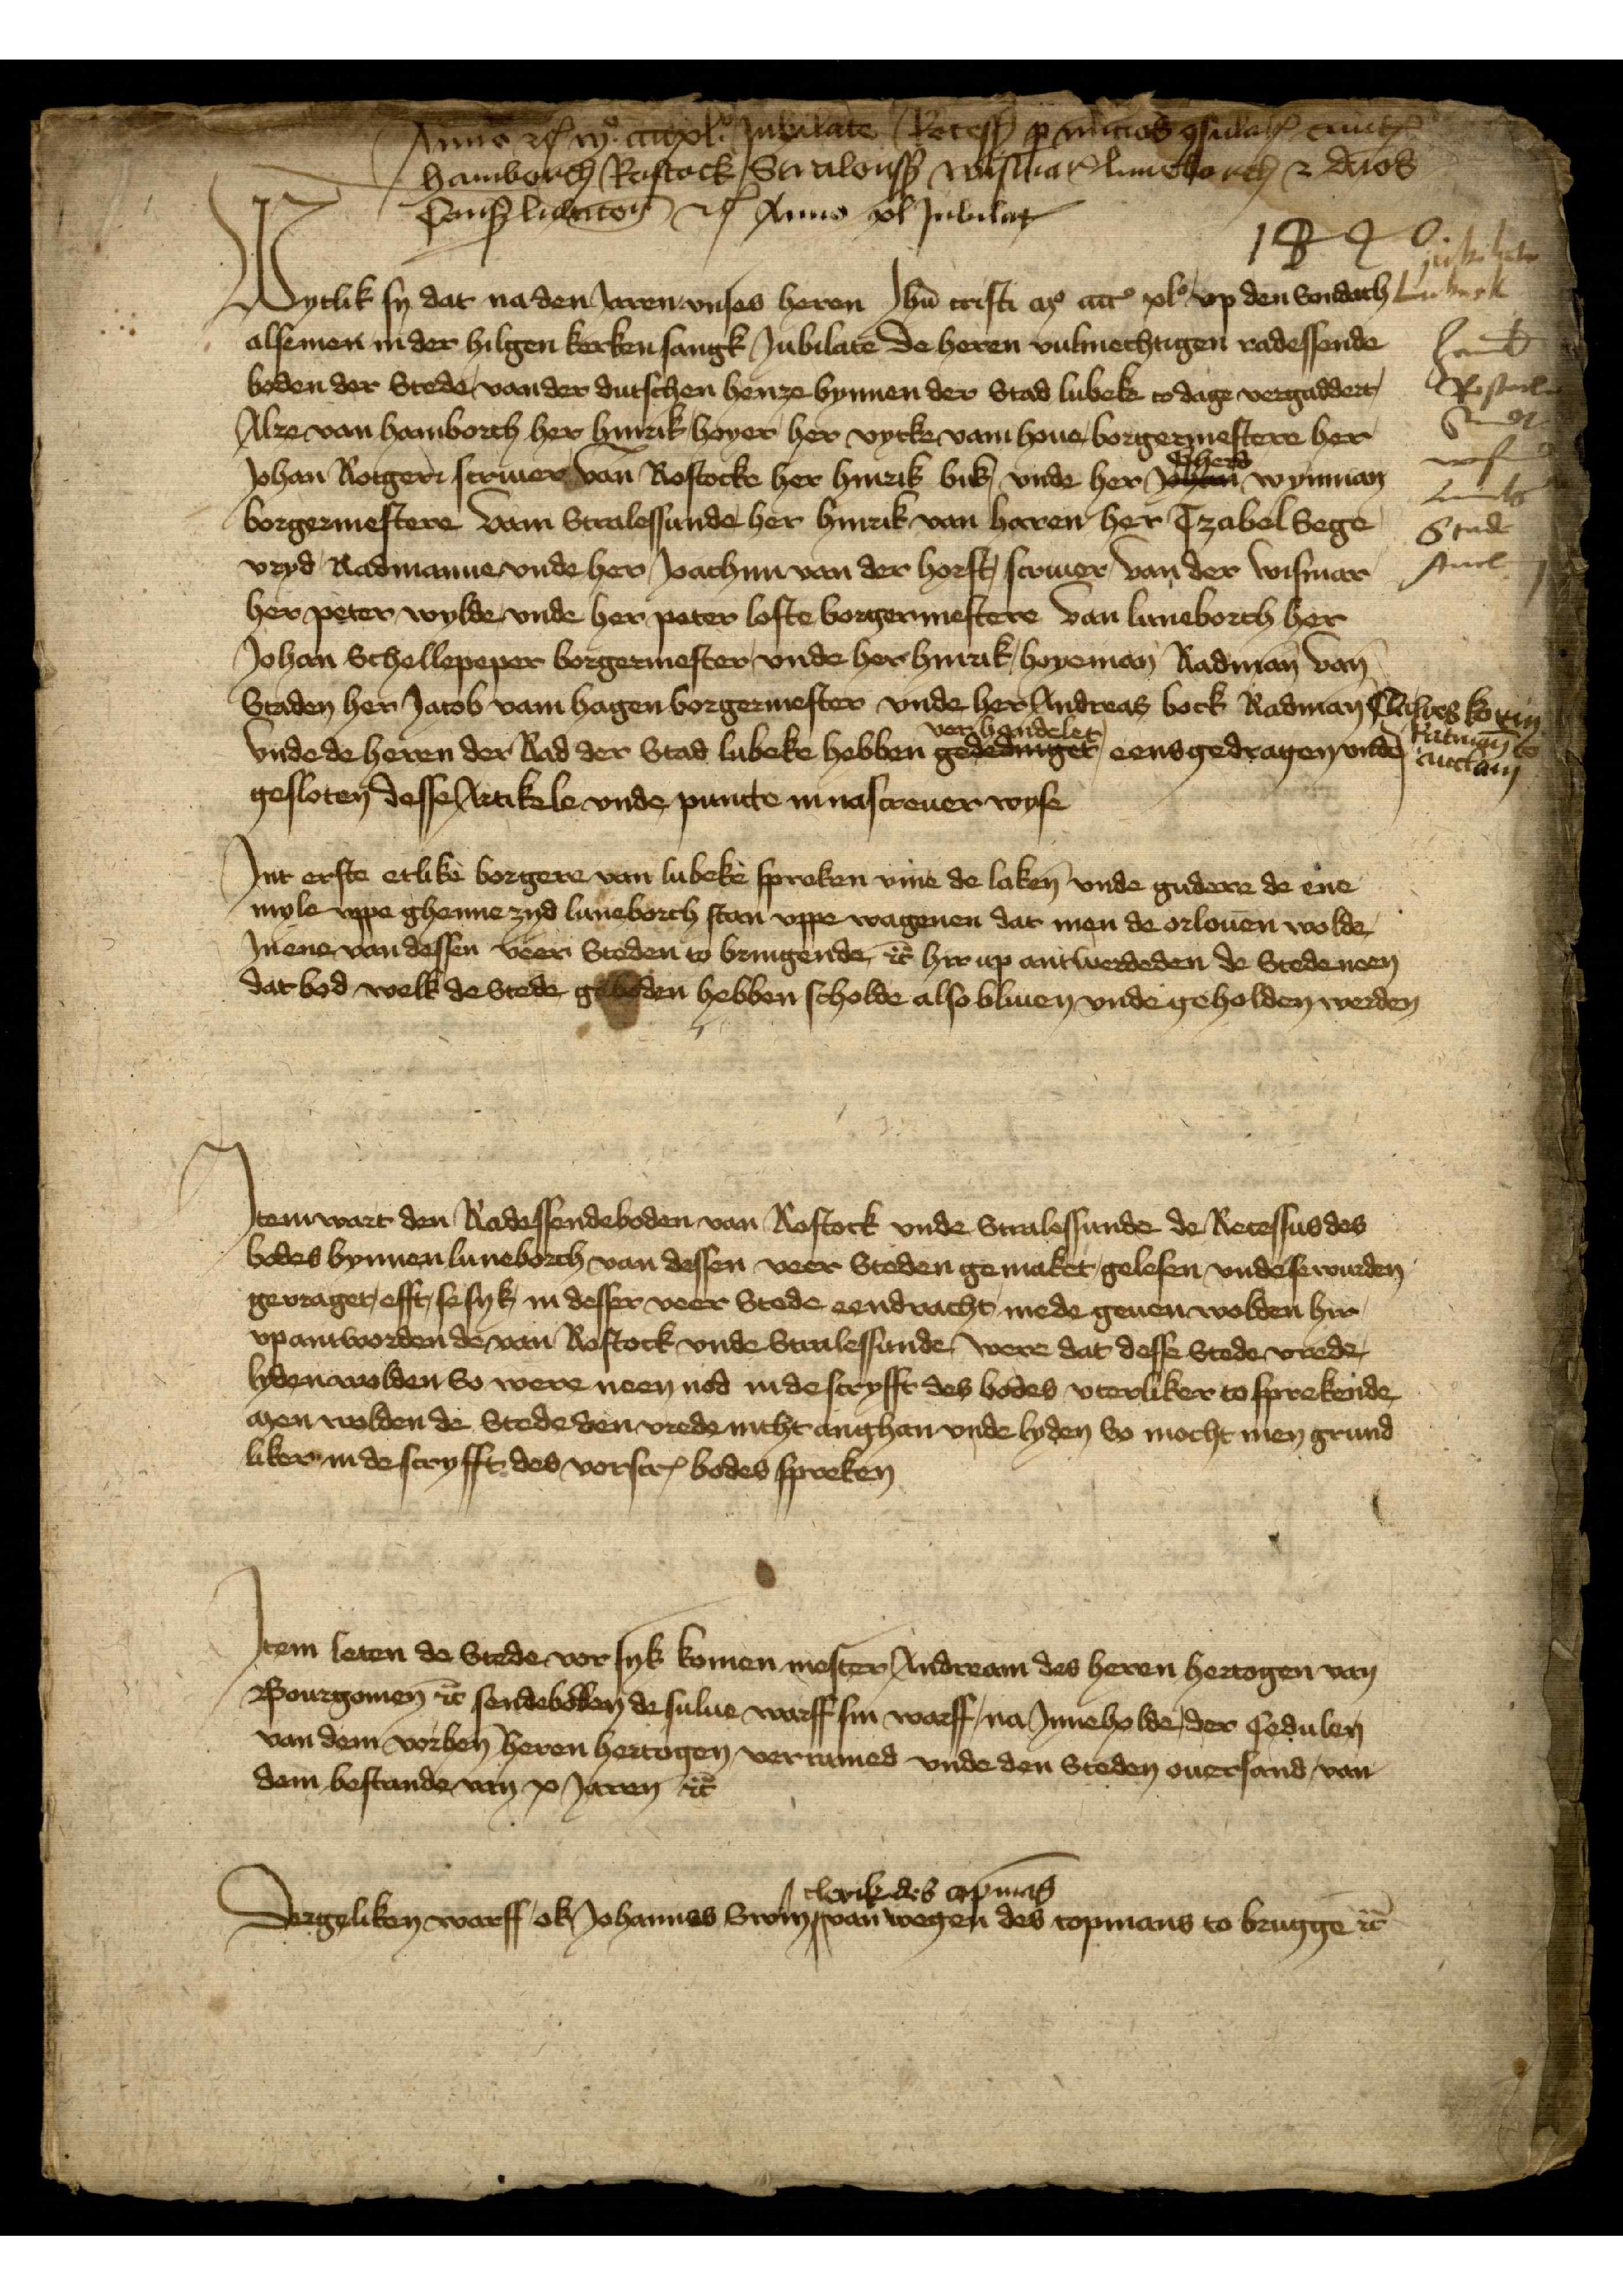
Anno etꝬ njo viixl jubilate Recess -- -- --
Hamborch, Rostock, Stralonsk nust-ia etc Luneborch - --
Cons lidenton etꝬ Anno xl JubilatꝬ
1440.

Jubilate
Lubeck
Hamb̄
Rostock
Stralsund
Wismer
Luneb̄
Stade
Ancl

Wytlik sy dat na den jaren unses heren Ihū christi aȓ mȓ xlo vp den Sondach
alsemen nider hilgen kerken sangk Jubilate de heren vulmechtigen radessende¬
boden der Stede van der dutschen henze bynnen der Stad Lubeke to dage vergaddert,
Alze van Hamborch her Hinrik Hoyer, her Vycke vam Houe, borgermestere her
Johan Rotgeri scriuer, van Rostocke her Hinrik Buk, vnde her Gherd Wymnan
borgermestere vam Stralessunde her Hinrik van Haren, her Tzabel Sege¬
vryd, Radmanne vnde her Joachim van der Horst scriuer, van der Wismar
her Peter Wylde, vnde her Peter Loste borgermestere van Luneborch her
Johan Schellepeper borgermester, vnde her Hinrik Hoyeman radman van
Staden her Jacob vam Hagen borgermester vnde her Andreas Bock radman Clawes Kotin Ratman to Anclam
vnde de heren der Rad der Stad Lubeke hebben vorhandelet, eensgedragen, vnde
gesloten desse Artikele vnde puncte in nascreuer wyse

Jnt erste etlike borgere van Lubeke spraken vme de laken vnde gudere de ene
myle vppe ghenne zyd Luneborch staen vppe wagenen dat men de orlouen wolde,
Jn ene van dessen veer Steden to bringende et̉ hir up antwerdeden de Stede neen
dar bod welk de Stede gebeden hebben scholde also bliuen vnde yeholden werden

Jtem wart den Radessendeboden van Rostock vnde Stralessunde de Recessus des
bodes bynnen Luneborch van dessen veeer Steden gemaket gelesen vnde se wurden
gevraget, efft, se syk in desser veer Stede eendracht mede geuen wolden hir
vp antworden de van Rostock vnde Stralessunde were dat desse Stede vrede
lyden wolden so were neen nod in de scryfft des bodes vterliker to sprekende
men wolden de Stede den vrede nicht anghan vnde lyden so mocht men grund¬
liker in de scryfft des vorscrꝬ bodes spreken

Jtem leten de Stede vor syk komen mester Andream des heren hertogen van
Bourgonien et̉ sendeboden desulue warff sin warff, na Jnneholde, der Cedulen
van dem vorben̄ heren hertogen verramed vnde den Steden ouersand, van
dem bestande van x Jaren et̉

Dergeliken warff ok Johannes Swin, clerik des copmans van wegen des copmans to Brugge et̉